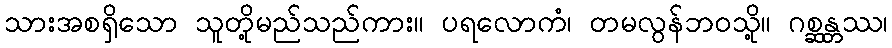
သားအစရှိသော သူတို့မည်သည်ကား။ ပရလောကံ၊ တမလွန်ဘဝသို့။ ဂစ္ဆန္တဿ၊